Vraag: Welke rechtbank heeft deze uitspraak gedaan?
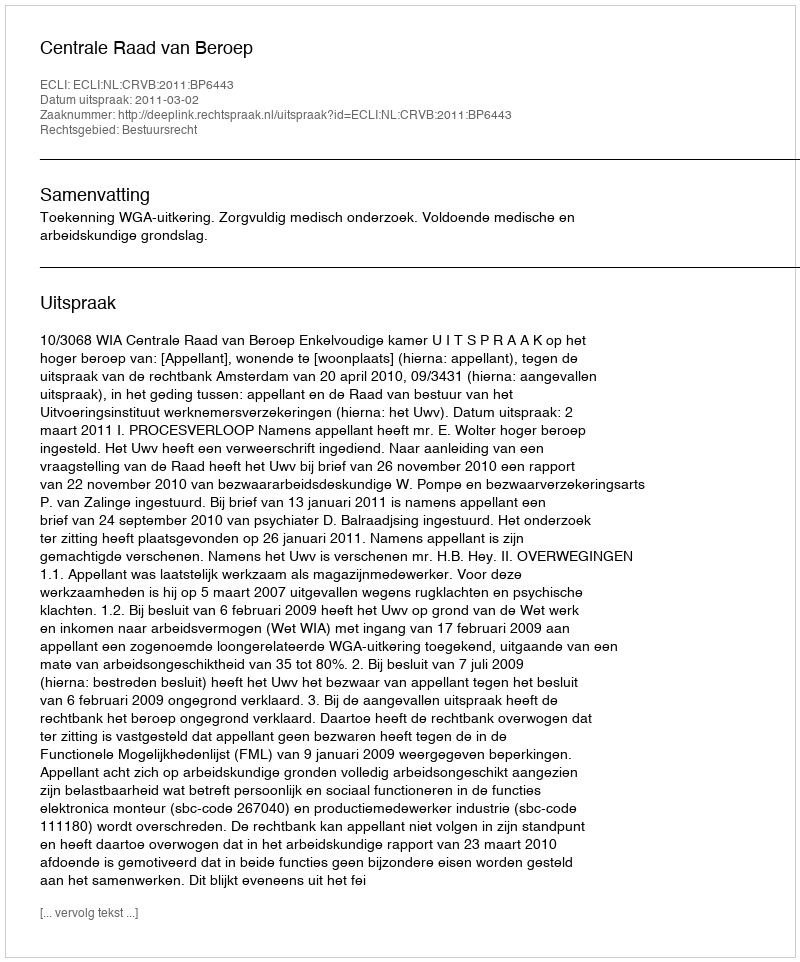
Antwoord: Centrale Raad van Beroep